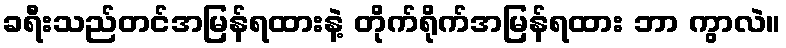
ခရီးသည်တင်အမြန်ရထားနဲ့ တိုက်ရိုက်အမြန်ရထား ဘာ ကွာလဲ။